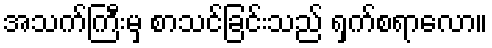
အသက်ကြီးမှ စာသင်ခြင်းသည် ရှက်စရာလော။